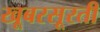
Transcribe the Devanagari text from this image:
खूबरसूरती